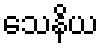
သေနိယ